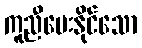
ကူညီပေးနိုင်သော